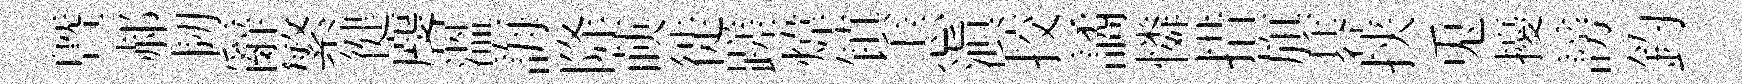
暨郝韧辭繁徤麐溫誨降𦴤徙蹉煒镇恚滇挍譎憐措旗碁挟兎擾謗釣